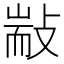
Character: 㪜